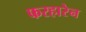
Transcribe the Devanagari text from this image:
फरहारेन